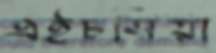
এইচসিয়া